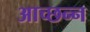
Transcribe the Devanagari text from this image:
आच्छन्‍न